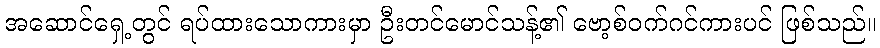
အဆောင်ရှေ့တွင် ရပ်ထားသောကားမှာ ဦးတင်မောင်သန့်၏ ဗော့စ်ဝက်ဂင်ကားပင် ဖြစ်သည်။